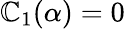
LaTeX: \mathbb{C}_{1}(\alpha)=0